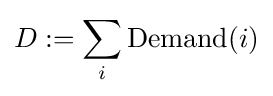
D:=\sum _{i}{\text{Demand}}(i)